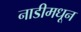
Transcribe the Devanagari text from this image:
नाडीमधून